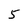
Character: 5